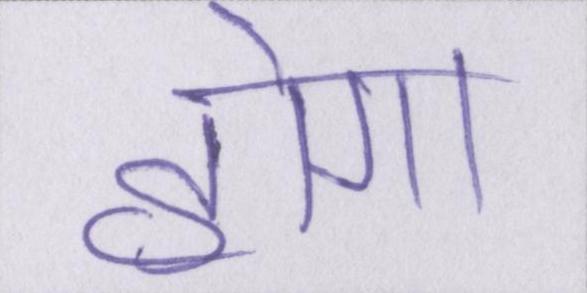
होगा